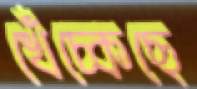
খেঁচ্‌কেছে